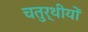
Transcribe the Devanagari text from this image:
चतुर्थीयों